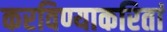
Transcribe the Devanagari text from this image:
करविण्याकरितां